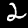
Digit: 2